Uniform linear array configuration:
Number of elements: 48
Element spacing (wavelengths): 0.5
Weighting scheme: exponential
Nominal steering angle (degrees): -15
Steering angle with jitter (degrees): -14.347
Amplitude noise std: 0.05
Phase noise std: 0.05

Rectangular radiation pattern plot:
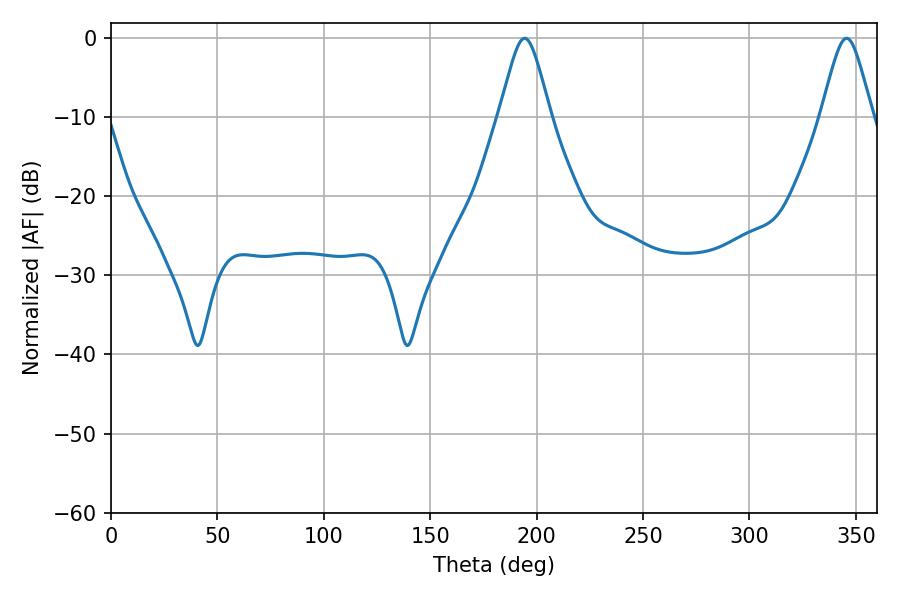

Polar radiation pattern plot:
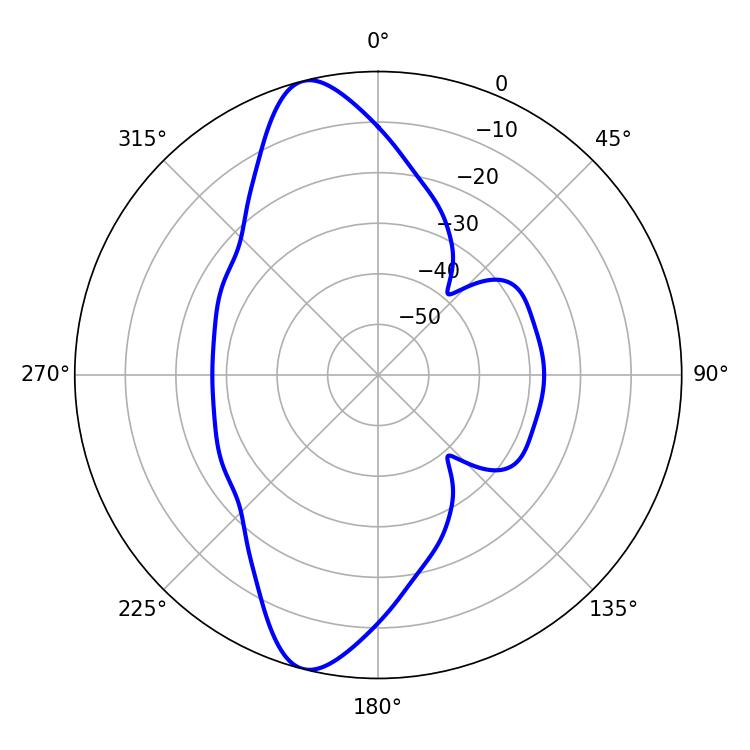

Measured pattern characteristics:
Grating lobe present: FALSE
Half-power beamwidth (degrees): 11.52
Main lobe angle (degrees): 345.6